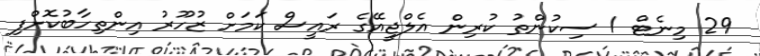
29 މިނެޓް 1 ސިކުންތު ކުރިން އެލްޖީއޭގެ ރައީސް ކަމަށް ޒުހޫރު އިންތިހާބުކޮށްފި